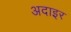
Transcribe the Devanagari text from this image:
अदाइर